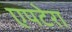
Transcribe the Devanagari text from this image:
एपटेरा